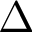
\Delta